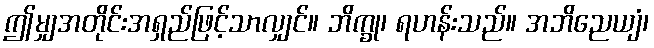
ဤမျှအတိုင်းအရှည်ဖြင့်သာလျှင်။ ဘိက္ခု၊ ရဟန်းသည်။ အဘိညေယျံ၊